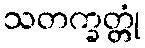
သတက္ခတ္တုံ